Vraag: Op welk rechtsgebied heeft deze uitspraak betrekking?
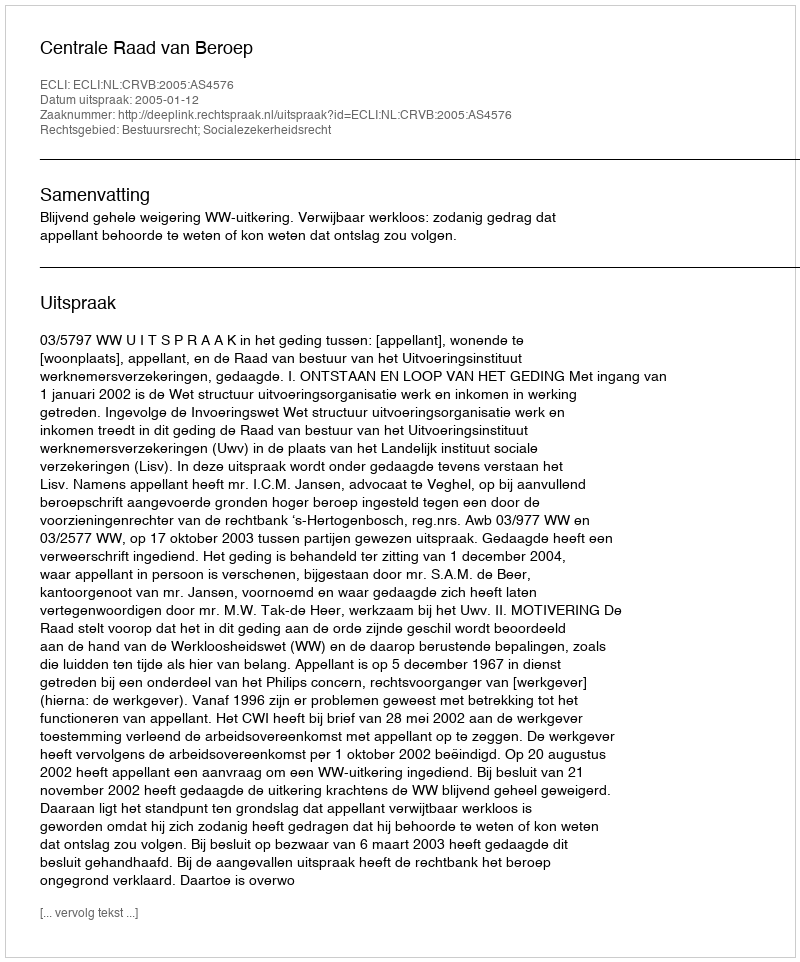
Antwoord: Bestuursrecht; Socialezekerheidsrecht